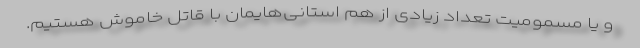
و یا مسمومیت تعداد زیادی از هم استانی‌هایمان با قاتل خاموش هستیم.